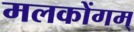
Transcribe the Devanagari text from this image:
मलकोंगम्